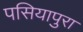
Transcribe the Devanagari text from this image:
पसियापुरा